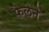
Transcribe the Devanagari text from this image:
फैलेने